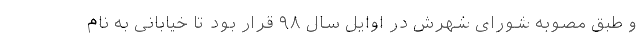
و طبق مصوبه شورای شهرش در اوایل سال ۹۸ قرار بود تا خیابانی به نام